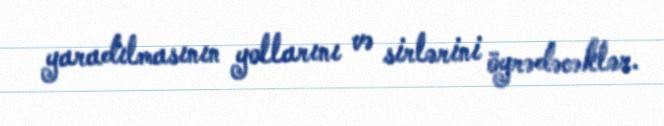
yaradılmasının yollarını və sirlərini öyrədəcəklər.